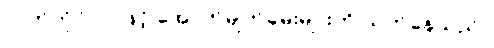
လက်ကိုင်ပဝါဖြင့် အောက်မျက်ခမ်းများကို သုတ်နေသည်။